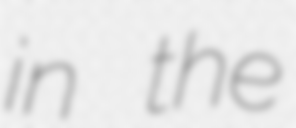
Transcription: in the